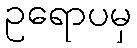
ဥရောပမှ